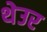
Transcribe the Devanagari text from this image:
थेउर